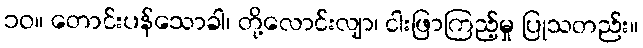
၁၀။ တောင်းပန်သောခါ၊ တို့လောင်းလျာ၊ ငါးဖြာကြည့်မှု ပြုသတည်း။